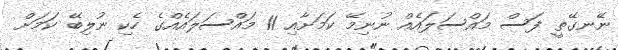
ނޭނގޭތީ ފަސް މައްސަލައެއް ނުނިމޭ ކަމަށާއި 11 މައްސަލައެއްގެ ހެކި ނުލިބޭ ކަމަށް